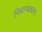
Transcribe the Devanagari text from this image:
निबन्धकार।